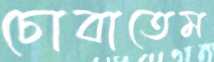
চোবাতেম